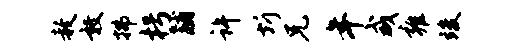
赦敦拂枵黼许圻兄年咸雍竣